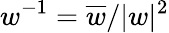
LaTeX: w^{-1}=\overline{{w}}/\vert w\vert^{2}